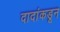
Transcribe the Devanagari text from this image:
दादांकडून